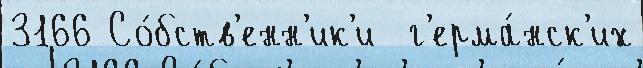
3166 Со́бств'енн'ик'и  г'ерма́нск'их